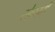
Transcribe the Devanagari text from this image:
सेफार्दी